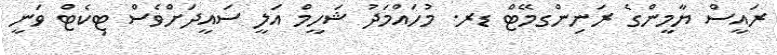
ރައީސް ޔާމީންގެ ރަނިންގމޭޓް ޑރ. މުހައްމަދު ޝަހީމް އަލީ ސައީދަށްވެސް ޓިކެޓް ވަނީ